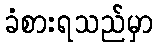
ခံစားရသည်မှာ